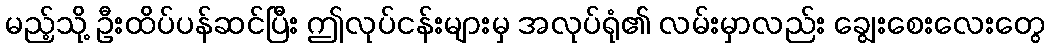
မည့်သို့ ဦးထိပ်ပန်ဆင်ပြီး ဤလုပ်ငန်းများမှ အလုပ်ရုံ၏ လမ်းမှာလည်း ချွေးစေးလေးတွေ